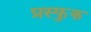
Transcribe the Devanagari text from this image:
प्रस्फुक